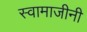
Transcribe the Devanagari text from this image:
स्वामाजीनी